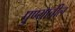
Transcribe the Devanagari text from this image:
पुण्‍यातील